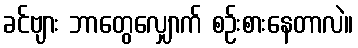
ခင်ဗျား ဘာတွေလျှောက် စဉ်းစားနေတာလဲ။